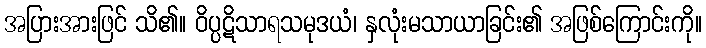
အပြားအားဖြင် သိ၏။ ဝိပ္ပဋိသာရသမုဒယံ၊ နှလုံးမသာယာခြင်း၏ အဖြစ်ကြောင်းကို။